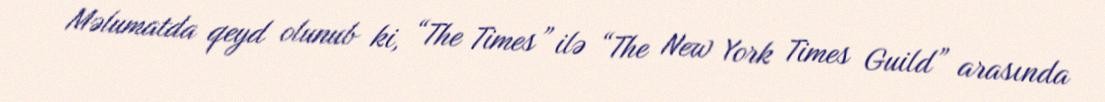
Məlumatda qeyd olunub ki, “The Times” ilə “The New York Times Guild” arasında